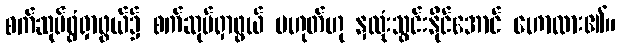
စက်ဆုပ်ရွံရှာဖွယ်၌ စက်ဆုပ်ရှာဖွယ် မဟုတ်ဟု နှလုံးသွင်းနိုင်အောင် ဟောထား၏။